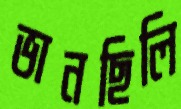
ভানছিলি